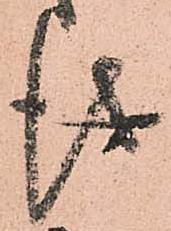
儀